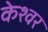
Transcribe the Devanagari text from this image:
केश्वर